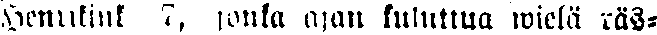
Henrikink 7, jonka ajan kuluttua wielä räs-